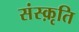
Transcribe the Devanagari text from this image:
संस्‍क़ृति